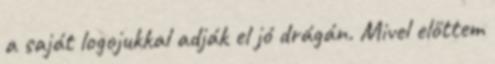
a saját logojukkal adják el jó drágán. Mivel előttem